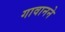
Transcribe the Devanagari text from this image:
गावानने